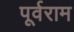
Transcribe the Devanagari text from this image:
पूर्वराम